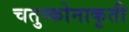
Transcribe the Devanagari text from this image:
चतुष्कोनाकृती